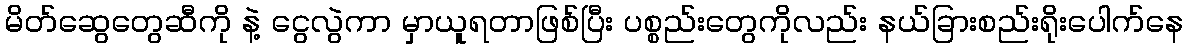
မိတ်ဆွေတွေဆီကို နဲ့ ငွေလွဲကာ မှာယူရတာဖြစ်ပြီး ပစ္စည်းတွေကိုလည်း နယ်ခြားစည်းရိုးပေါက်နေ